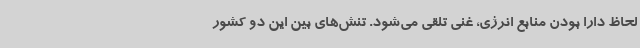
لحاظ دارا بودن منابع انرژی، غنی تلقی می‌شود. تنش‌های بین این دو کشور